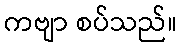
ကဗျာ စပ်သည်။